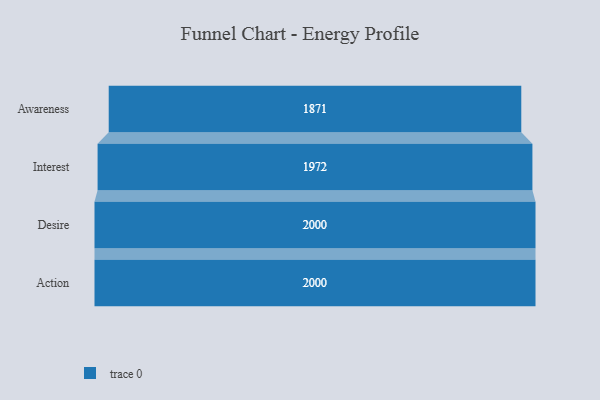
{"axis": {"x": "Stage", "y": "Value"}, "legend": [""], "data": [{"x": "Awareness", "y": 1871.0, "type": ""}, {"x": "Interest", "y": 1972.0, "type": ""}, {"x": "Desire", "y": 2000, "type": ""}, {"x": "Action", "y": 2000, "type": ""}]}